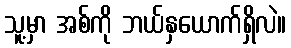
သူ့မှာ အစ်ကို ဘယ်နှယောက်ရှိလဲ။